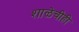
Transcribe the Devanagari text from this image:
शाळेचीही